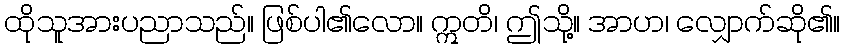
ထိုသူအားပညာသည်။ ဖြစ်ပါ၏လော။ ဣတိ၊ ဤသို့။ အာဟ၊ လျှောက်ဆို၏။